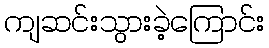
ကျဆင်းသွားခဲ့ကြောင်း